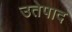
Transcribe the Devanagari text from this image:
उतेपाद